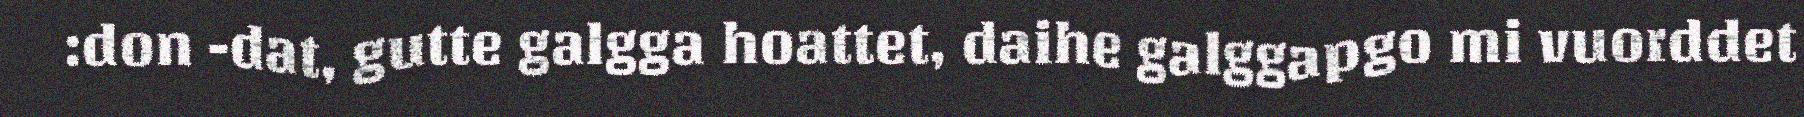
:don -dat, gutte galgga hoattet, daihe galggapgo mi vuorddet